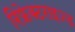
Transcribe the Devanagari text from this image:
रिफ्रेक्टराइज्ड